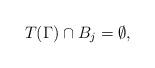
LaTeX: \begin{align*}T(\Gamma)\cap B_j=\emptyset,\end{align*}